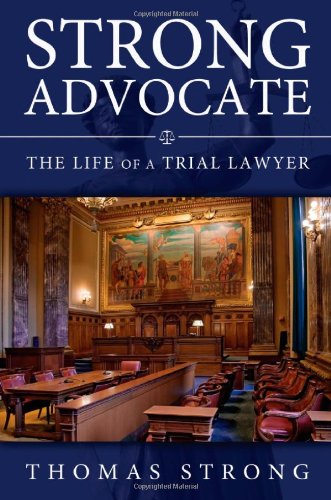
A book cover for Strong Advocate: The Life of a Trial Lawyer; Thomas Strong; Law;